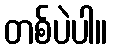
တစ်ပဲပါ။